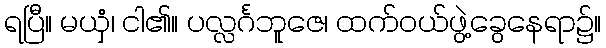
ရပြီ။ မယှံ၊ ငါ၏။ ပလ္လင်္ဂဘူဇေ၊ ထက်ဝယ်ဖွဲ့ခွေနေရာ၌။